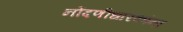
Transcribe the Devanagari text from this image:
नोंदणीधारकांना